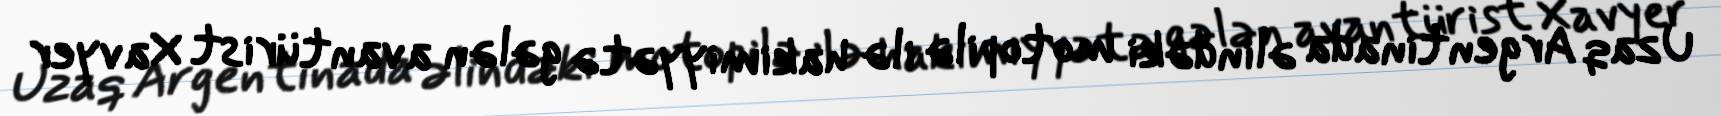
Uzaq Argentinada əlindəki motopilə ilə hakimiyyətə gələn avantürist Xavyer